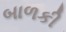
બાળકી